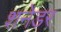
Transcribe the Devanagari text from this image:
शनेडर